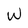
Character: w